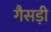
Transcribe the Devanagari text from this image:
गैसड़ी